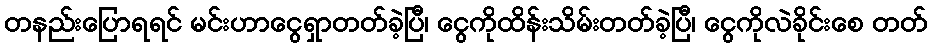
တနည်းပြောရရင် မင်းဟာငွေရှာတတ်ခဲ့ပြီ၊ ငွေကိုထိန်းသိမ်းတတ်ခဲ့ပြီ၊ ငွေကိုလဲခိုင်းစေ တတ်